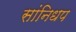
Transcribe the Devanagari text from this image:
सांनिधप